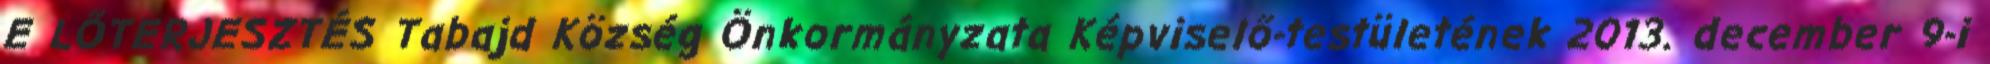
E LŐTERJESZTÉS Tabajd Község Önkormányzata Képviselő-testületének 2013. december 9-i